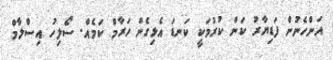
އަންހެނުން ފަޑިޔާރު ކަން ކުރުމަކީ ކަނޑަ އެޅިގެން ހަރާމް ކަމެއް. ސޯލިހު އިސްލާމް